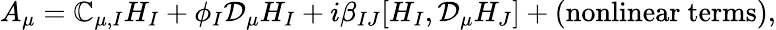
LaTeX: A_{\mu}=\mathbb{C}_{\mu,I}H_{I}+\phi_{I}{\mathcal{D}}_{\mu}H_{I}+i\beta_{IJ}[H_{I},{\mathcal{D}}_{\mu}H_{J}]+\mathrm{{(nonlinear~terms)}},